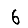
Digit: 6